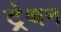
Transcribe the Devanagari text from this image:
ट्रेथन